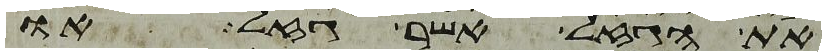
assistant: את הגזל אשר גזל או